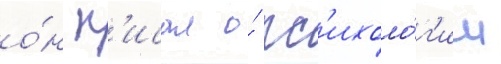
о́н п'исал о́ пс'ихоло́г'ии